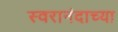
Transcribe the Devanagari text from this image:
स्वरानंदाच्या